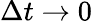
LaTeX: \Delta t\to 0